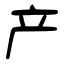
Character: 产